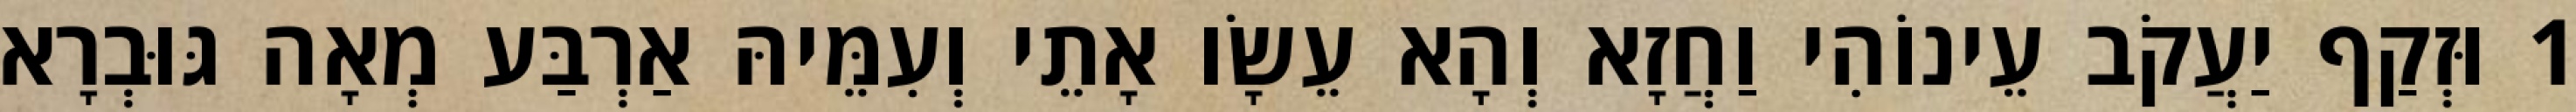
1 וּזְקַף יַעֲקֹב עֵינוֹהִי וַחֲזָא וְהָא עֵשָׂו אָתֵי וְעִמֵּיהּ אַרְבַּע מְאָה גּוּבְרָא